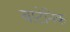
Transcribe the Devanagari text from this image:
बाटेनिक